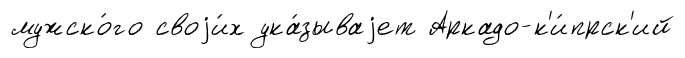
мужско́го своjи́х ука́зываjет Аркадо-к'и́прск'ий